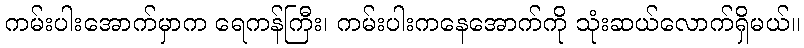
ကမ်းပါးအောက်မှာက ရေကန်ကြီး၊ ကမ်းပါးကနေအောက်ကို သုံးဆယ်လောက်ရှိမယ်။